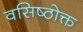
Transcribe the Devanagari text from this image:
वसिष्ठोक्त